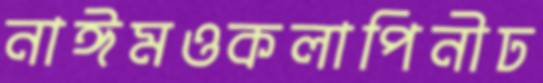
নাঈমওকলাপিনীঢ